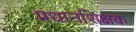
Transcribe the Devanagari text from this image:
प्रधानशिक्षक